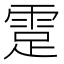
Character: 𩃈